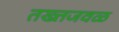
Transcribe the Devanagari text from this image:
तख्तजवळ